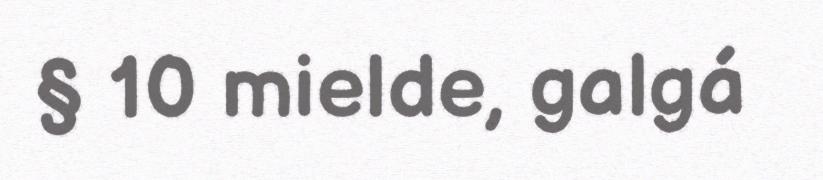
§ 10 mielde, galgá